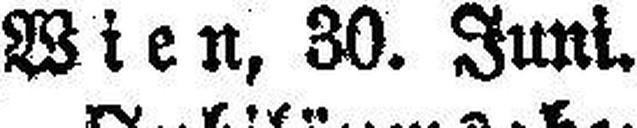
Wien, 30. Juni.